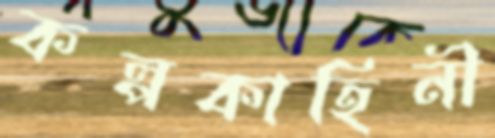
কল্পকাহিনী